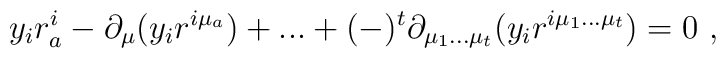
y_ir^i_a-\partial _\mu (y_ir^{i\mu _a})+...+(-)^t\partial _{\mu _1...\mu_t}(y_ir^{i\mu _1...\mu _t})=0\ ,